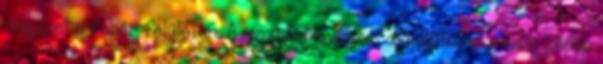
négyzet a fehér felületen. A mozgásművészet alapkutatása: mire képes